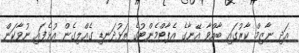
އަދި ނާޒިމް ކާރުގައި ބާއްވާ އޭނާގެ އެޕާޓްމެންޓުގެ ތަޅުދަނޑި ގެއްލިގެން އުޅެފައި ނުވާކަން